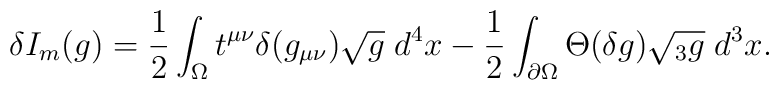
\delta I_{m}(g)= {1\over2} \int_\Omega t^{\mu\nu} \delta(g_{\mu\nu}) \sqrt{g} \; d^4x- {1\over2} \int_{\partial\Omega} \Theta(\delta g) \sqrt{{}_3 g} \; d^3x.